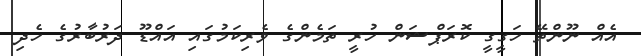
އެއް ނޫންތޭ ހަގީގީ ކޮރަޕްޝަން ހުރީ ތަމެންގެ ވެރިކަމުގައި އައްޑޫ ދަރުބާރުގެ ހެދި